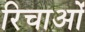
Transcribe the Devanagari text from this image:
रिचाओं